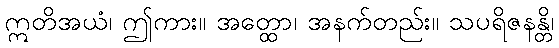
ဣတိအယံ၊ ဤကား။ အတ္ထော၊ အနက်တည်း။ သပရိဇနန္တိ၊